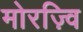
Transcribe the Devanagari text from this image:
मोरज़्वि